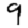
Digit: 9